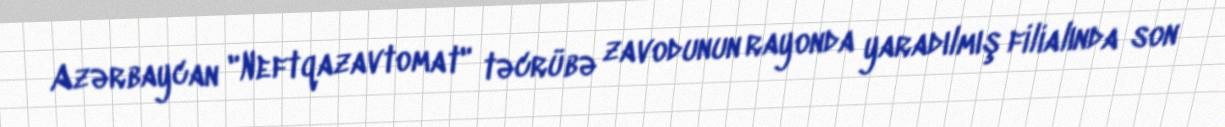
Azərbaycan "Neftqazavtomat" təcrübə zavodunun rayonda yaradılmış filialında son